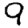
Digit: 9